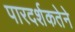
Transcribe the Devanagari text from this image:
पारदर्शकतेने